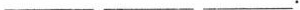
___ ___ ___.